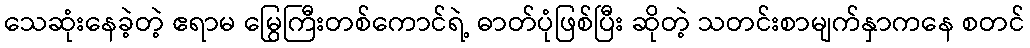
သေဆုံးနေခဲ့တဲ့ ဧရာမ မြွေကြီးတစ်ကောင်ရဲ့ ဓာတ်ပုံဖြစ်ပြီး ဆိုတဲ့ သတင်းစာမျက်နှာကနေ စတင်